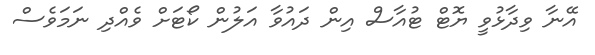
އޭނާ ވިދާޅުވީ ޔޮޓް ޓުއާސް އިން ދައުވާ އަލުން ކޯޓަށް ވެއްދި ނަމަވެސް